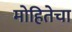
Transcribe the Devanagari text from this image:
मोहितेचा